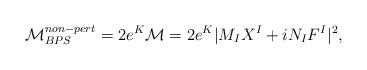
LaTeX: \begin{align*}{\cal M}^{non-pert}_{BPS}= 2e^K {\cal M}= {2}e^{K}|M_I X^I + iN_I F^I|^2,\end{align*}